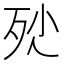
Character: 𣧖